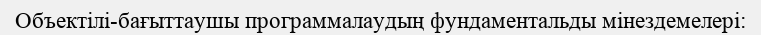
Объектілі-бағыттаушы программалаудың фундаментальды мінездемелері: